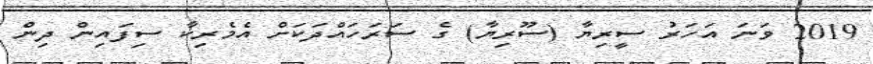
2019 ވަނަ އަހަރު ސީރިޔާ (ސޫރިޔާ) ގެ ސަރަހައްދަކަށް އެމެރިކާ ސިފައިން ދިން